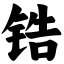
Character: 锆